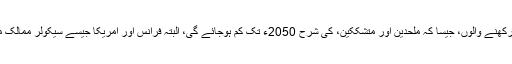
کسی بھی مذہب سے تعلق رکھنے والوں، جیسا کہ ملحدین اور متشککین، کی شرح 2050ء تک کم ہوجائے گی، البتہ فرانس اور امریکا جیسے سیکولر ممالک میں ان کی تعداد بڑھے گی۔